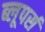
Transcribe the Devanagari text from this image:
ब्लूपर्स